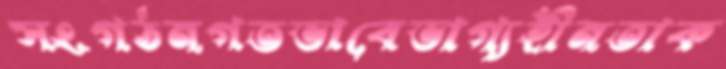
সংগঠনগতভাবেভাগ্যহীনতাক